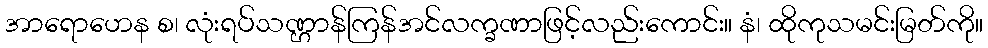
အာရောဟေန စ၊ လုံးရပ်သဏ္ဌာန်ကြန်အင်လက္ခဏာဖြင့်လည်းကောင်း။ နံ၊ ထိုကုသမင်းမြတ်ကို။